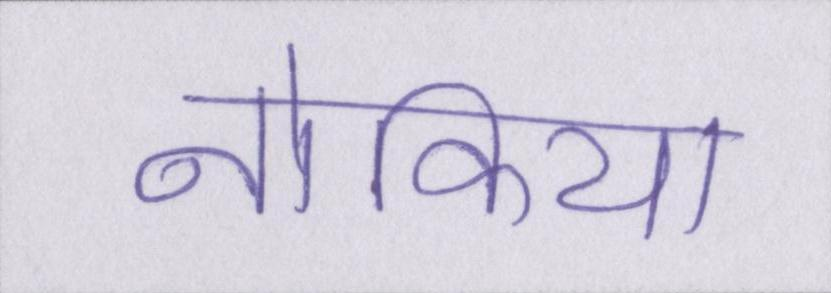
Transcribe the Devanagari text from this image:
नोकिया